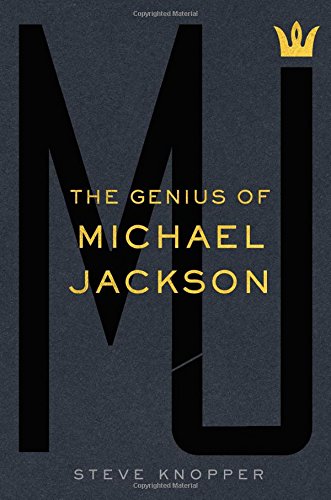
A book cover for MJ: The Genius of Michael Jackson; Steve Knopper; Humor & Entertainment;